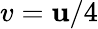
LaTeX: v=\mathbf{u}/4